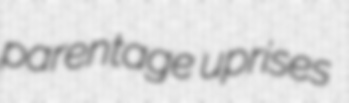
parentage uprises